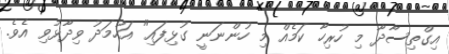
އިގްތިސާދާ މި ހުރިހާ ކަމެއް މި ހުންނަނީ ގުޅިފައި" އަހުމަދު ވިދާޅުވި އެވެ.